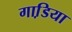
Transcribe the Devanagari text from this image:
गाडि़या